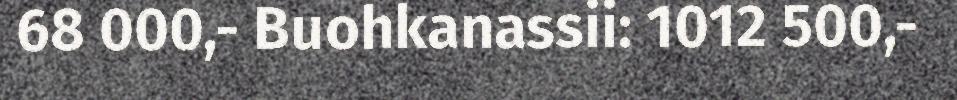
68 000,- Buohkanassii: 1012 500,-